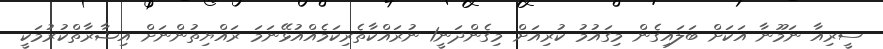
ސީރިއާ ނަމޫނާ އަކަށް ބަލައިގެން މިގައުމު ކުރިއަށް މިގެންދަނީ1 ނުރައްކާތެރިކަމެއްއުޅޭނަމަ ރައްޔިތުންނަށް އިޝާރާތްކުރުމަކީ